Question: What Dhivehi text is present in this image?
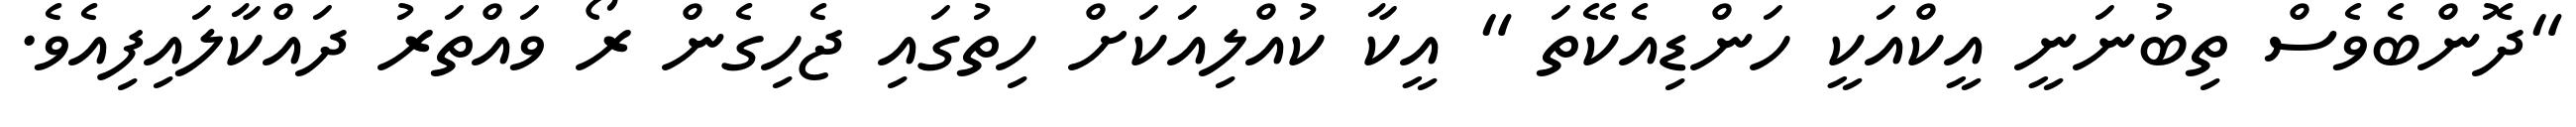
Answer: "ދޮންބެވެސް ތިބުނަނީ އީކްއަކީ ހަންޑިއެކޭތަ " އީކާ ކުއްލިއަކަށް ހިތުގައި ޖެހިގެން ރޯ ވައްތަރު ދައްކާލައިފިއެވެ.